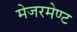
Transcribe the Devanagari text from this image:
मेजरमेण्ट